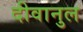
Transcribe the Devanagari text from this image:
दीवानुल